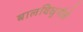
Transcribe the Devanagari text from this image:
बालविधुर्गले